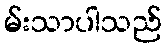
မ်းသာပါသည်